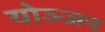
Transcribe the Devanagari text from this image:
योञ्जन